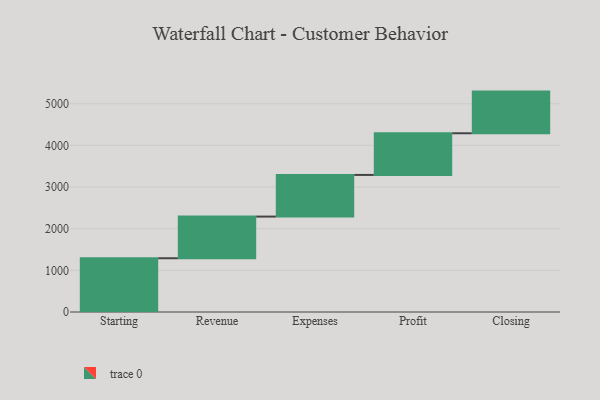
{"axis": {"x": "Step", "y": "Value"}, "legend": [""], "data": [{"x": "Starting", "y": 1290.0, "type": ""}, {"x": "Revenue", "y": 1000, "type": ""}, {"x": "Expenses", "y": 1000, "type": ""}, {"x": "Profit", "y": 1000, "type": ""}, {"x": "Closing", "y": 1000, "type": ""}]}